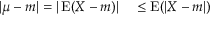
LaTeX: \begin{array} { r l } { | \mu - m | = | \operatorname { E } ( X - m ) | } & { { } \leq \operatorname { E } ( | X - m | ) } \end{array}